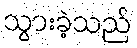
သွားခဲ့သည်